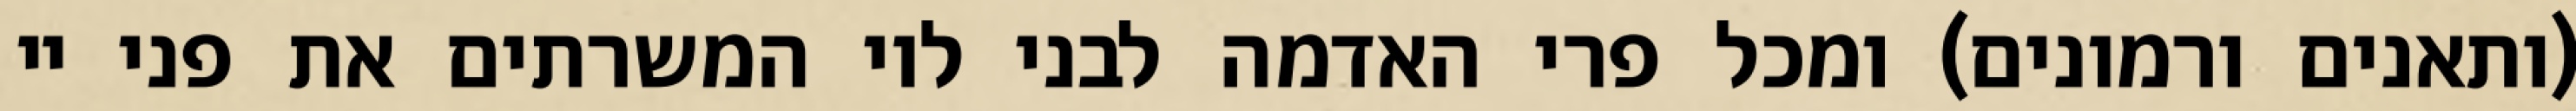
(ותאנים ורמונים) ומכל פרי האדמה לבני לוי המשרתים את פני יי